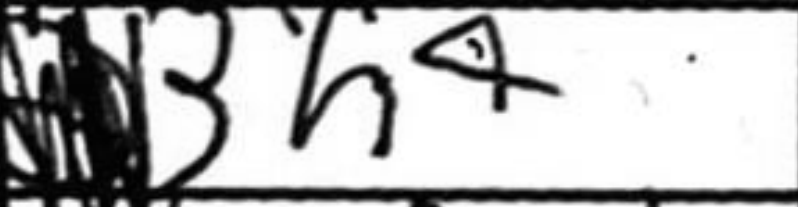
Transcription: Bh4